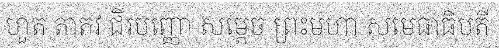
ហួត តាតវ ជិរបញ្ញោ សម្តេច ព្រះមហា សុមេធាធិបតី